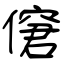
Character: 僒